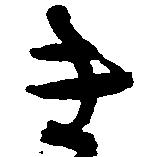
き